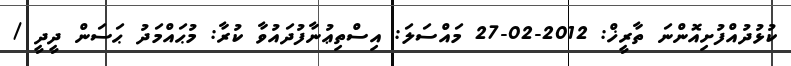
ކުޅުދުއްފުށިއޮންނަ ތާރީޚް: 2012-02-27 މައްސަލަ: އިސްތިޢުނާފުދައުވާ ކުރާ: މުޙައްމަދު ޙަސަން ދީދީ /